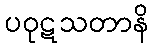
ပဝုဋသတာနိ